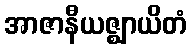
အာဇာနီယဇ္ဈာယိတံ